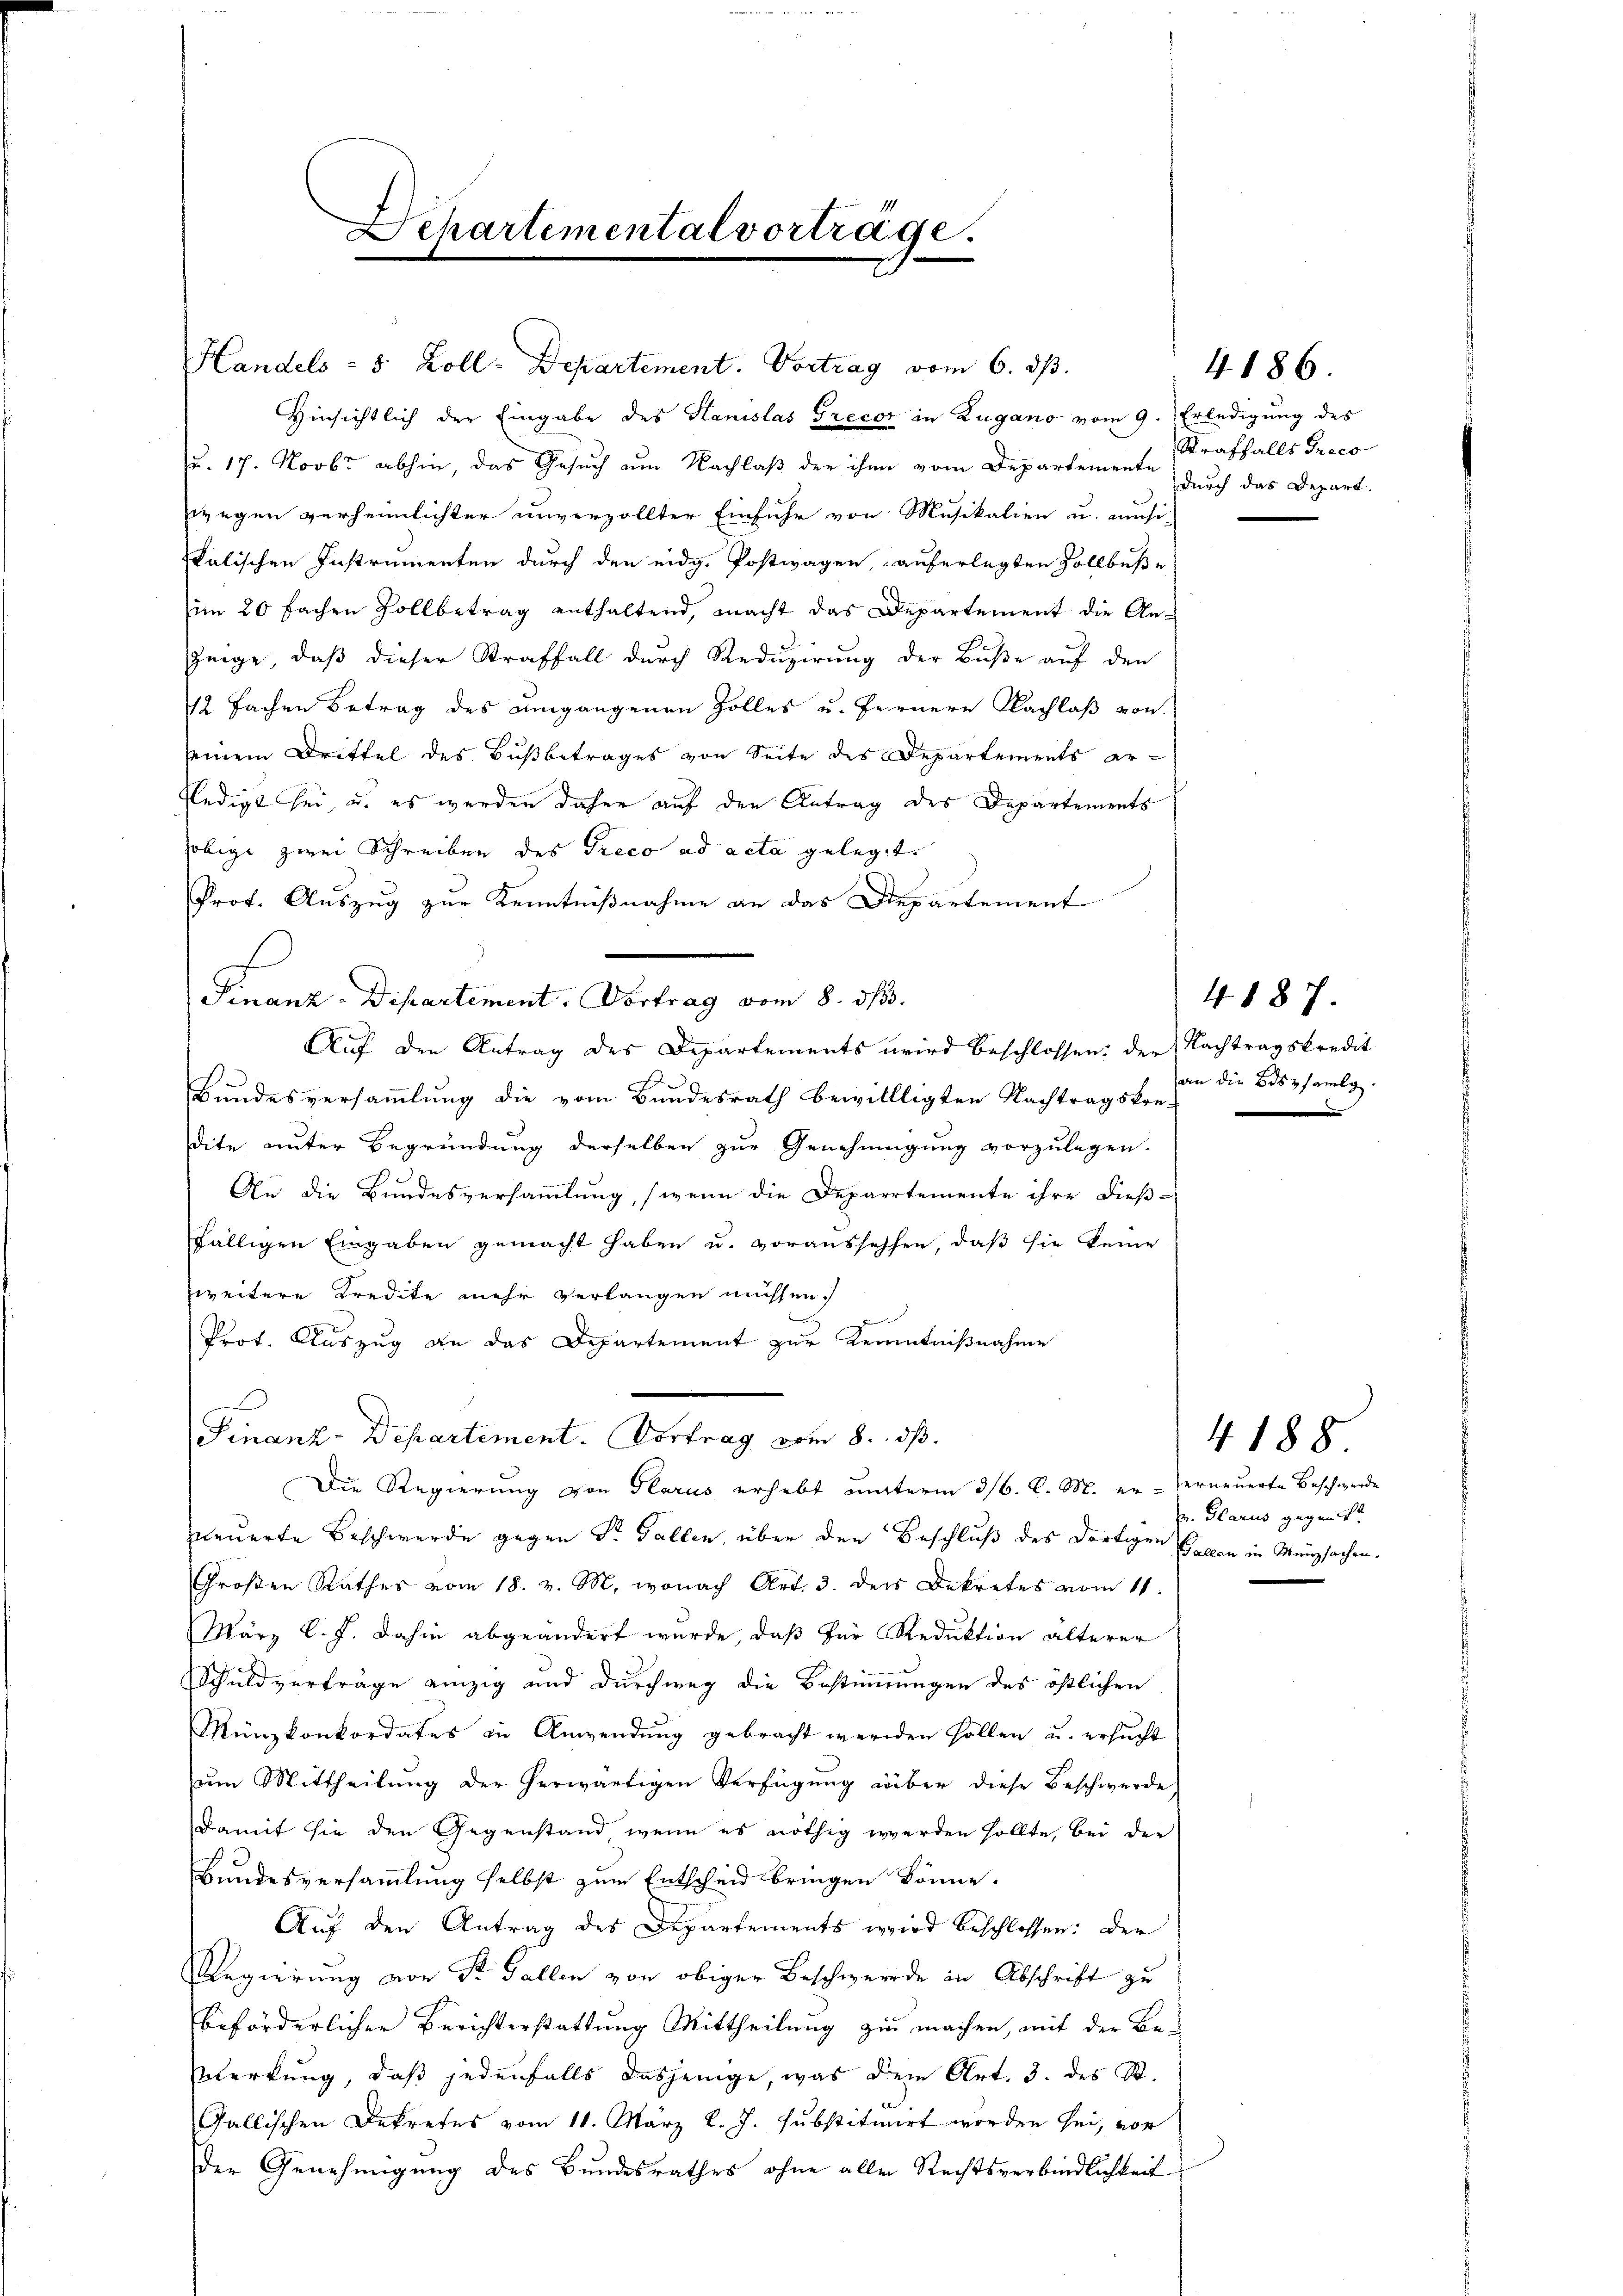
Departemental vortrage.

Handels- 5 Zoll-Departement. Vortrag vom 6. ds.
Hinsichtlich der Eingabe des Hanislas Trecor in Zugano vom 9. Erledigung des
u. 17. Novbr abhin, das Gesuch am Nachlaβ der ihm vom Departemente durch das Depart.
wegen verheimlichter unverzollter Einfuhr von Musikalien u. musi-
kalischen Instrumenten durch den eidg. Postwagen, auferlegten Zollbese
im 20 fachen Zollbetrag enthaltend, macht das Departement die An-
Zeige, daß dieser Straffall durch Reduzirung der Buße auf den
12 fachen Betrag des Umgangenen Zolles u. fernere Nachlaß von
seinem Drittel des Bußbetrages von Seite des Departements er¬
Eledigt sei, u. es werden daher auf den Antrag des Departements
fobige zwei Schreiben des Preco ad acta gelegte
Prof. Auszug zur Kenntnißnahme an das Departement
s
Finanz-Departement. Vortrag vom 8. ds.
Auf den Antrag des Departements wird beschlossen: der Nachtragskredit
Bundesversammlung die vom Bundesrath bewillligten Nachtragskredite unter Begründung derselben zur Genehmigung vorzulegen.
An die Bundesversammlung, (wenn die Departemente ihre dieß-
fälligen Eingaben gemacht haben u. voraussehen, daß sie keine
zweitere Kredite mehr verlangen müssen.
u
Prot. Auszug an das Departement zur Kenntnißnahme
e
Finanz-Departement. Vortrag vom 8. ds.
Die Regierung von Glarus erhebt unterm 316. d. M. er- erneuerte Beschwerde
neuerte Beschwerde gegen Dr. Gallen, über den Beschluß des dortigen Gagen in Münzsachen.
Großen Rathes vom 18. v. M., wonach Art. 3. der Dekretes vom 11.
März l. J. dahin abgeändert wurde, daß für Reduktion alterer
Schuldverträge einzig und durchweg die Bestimmungen des östlichen
Münzkonkordates in Anwendung gebracht werden sollen u. ersucht
um Mittheilung der herwärtigen Verfügung über diese Beschwerde
damit sie den Gegenstand wenn es nöthig werden sollte, bei der
Bundesversammlung selbst zum Entscheid bringen könne.
Auf den Antrag des Departements wird beschlossen: Der
Regierung von Sr. Gallen von obiger Beschwerde in Abschrift zu
beförderlicher Berichterstattung Mittheilung zu machen, mit der Be-
Werkung, daß jedenfalls dasjenige, was dem Art. 3. des St.
Gallischen Dekretes vom 11. März l. J. substituirt worden sei, vor
Der Genehmigung des Bundesrathes ohne aller Rechtsverbindlichkeit

Straffalls Preco

4186.

4187.
an die Bossamlg.

4188
. Glarus gegen